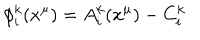
LaTeX: \phi _ { i } ^ { k } ( x ^ { \mu } ) = A _ { i } ^ { k } ( x ^ { \mu } ) - C _ { i } ^ { k }